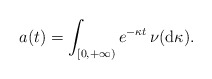
\begin{align*} a(t) = \int_{[0,+ \infty)} e^{-\kappa t}\, \nu({\rm d}\kappa).\end{align*}